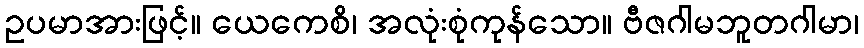
ဥပမာအားဖြင့်။ ယေကေစိ၊ အလုံးစုံကုန်သော။ ဗီဇဂါမဘူတဂါမာ၊